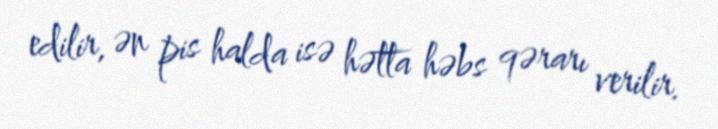
edilir, ən pis halda isə hətta həbs qərarı verilir.